Report of the King Institute of Preventive Medicine, Guindy
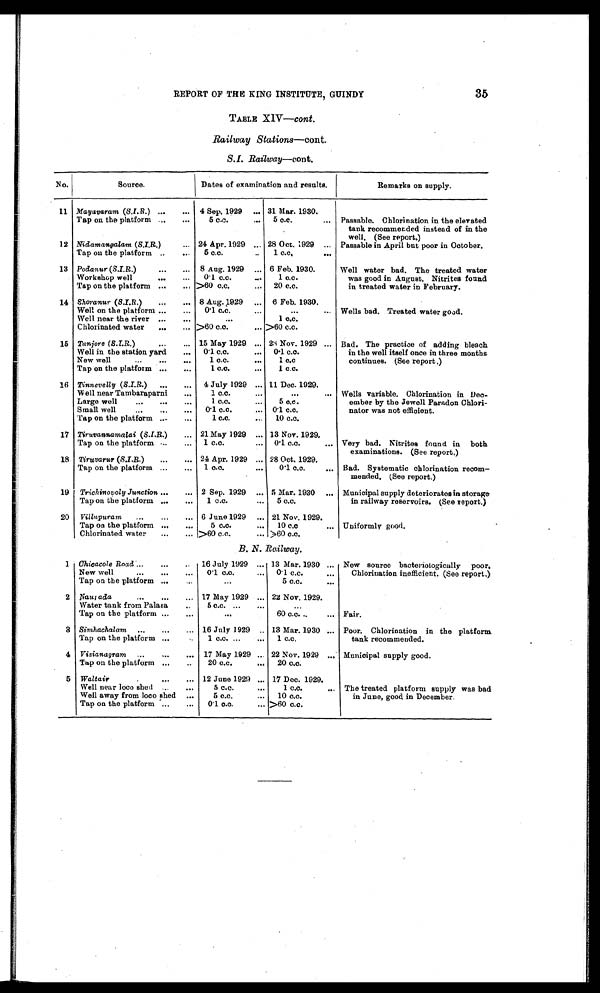
REPORT OF THE KING INSTITUTE, GUINDY
35
TABLE XIV—cont .
Railway Stations—cont.
S . I .
R a i l w a y — c o n t .
No.
Source.
Dates of examination and results.
Remarks on supply.
11 Mayavaram (S.I.R.) ...
... 4 Sep. 1929
... 31 Mar. 1930.
Tap on the platform ...
...
5 c.c.
...
5 c.c.
... Passable. Chlorination in the elevated
tank recommended instead of in the
well. (See report.)
12 Nidamangalam (S.I.R.)
... 24 Apr. 1929 ... 28 Oct. 1929 ... Passable in April but poor in October.
Tap on the platform ..
...
5 c.c.
..
1 c.c.
. . .
13 Podanur (S.I.R.) ...
... 8 Aug. 1929 ... 6 Feb. 1930.
Well water bad. The treated water
Workshop well
...
...
0.1 c.c.
...
1 c.c.
was good in August. Nitrites found
Tap on the platform ...
... >60 c.c.
...
20 c.c.
in treated water in February.
14 Shoranur (S.I.R.) ...
... 8 Aug. 1929
... 6 Feb. 1930.
Well on the platform ...
...
0.1 c.c.
...
...
... Wells bad. Treated water good.
Well near the river ...
...
. . .
1 c.c.
Chlorinated water
...
... >60 c.c.
... >60 c.c.
15 Tanjore (S.I.R.)
...
... 15 May 1929 ... 28 Nov. 1929 ... Bad. The practice of adding bleach
Well in the station yard
...
0.1 c.c.
. . . 0.1 c.c.
in the well itself once in three months
New well
1 c.c.
...
1 c . c .
continues. (See report .)
Tap on the platform ...
...
1 c.c.
...
1 c.c.
16 Tinnevelly (S.I.R.)
...
...
4 July 1929 ... 11 Dec. 1929.
Well near Tambaraparni
...
1 c.c
...
. . . ... Wells variable. Chlorination in Dec-
Large well ...
...
...
1 c.c.
...
5 c.c.
ember by the Jewell Paradon Chlori-
Small well
...
...
...
0.1 c.c.
... 0.1 c.c.
nator was not efficient.
Tap on the platform ...
...
1 c.c.
...
10 c.c.
17 Tiruvannamalai (S.I.R.)
... 21 May 1929 ... 13 Nov. 1929.
Tap on the platform ...
...
1 c.c.
...
0.1 c.c.
... Very bad. Nitrites found in both
examinations. (See report.)
18 Tiruvarur (S.I.R.) ...
... 24 Apr. 1929 ... 28 Oct. 1929.
Tap on the platform ...
...
1 c.c.
...
0.1 c.c.
... Bad. Systematic chlorination recom-
mended. (See report.)
19 Trichinopoly Junction ...
... 2 Sep. 1929 ... 5 Mar. 1930 ... Municipal supply deteriorates in storage
Tap on the platform ...
...
1 c.c.
...
5 c.c.
in railway reservoirs. (See report.)
20 Villupuram
...
...
... 6 June 1929
... 21 Nov. 1929.
Tap on the platform ...
...
5 c.c.
...
1 0 c . c
... Uniformly good.
Chlorinated water
...
... >60 c.c.
... >60 c.c.
B. N. Railway.
1 Chicacole Road ...
...
..
16 July 1929 ... 13 Mar. 1930 ... New source bacteriologically poor.
New well
...
...
...
0.1 c.c.
...
0.1 c.c.
...
Chlorination inefficient. (See report.)
Tap on the platform ...
..
...
5 c.c.
. . .
2 Naurada
...
...
... 17 May 1929 ... 22 Nov. 1929.
Water tank from Palasa
..
Tap on the platform ...
...
5 c.c. ...
...
. . .
...
60 c.c. ..
... Fair.
3 Simhachalam ...
...
... 16 July 1929 .. 13 Mar. 1930 ... Poor. Chlorination in the platform
Tap on the platform ...
1 c.c. ...
...
1 c.c.
tank recommended.
4 Vizianagram ...
...
... 17 May 1929 .. 22 Nov. 1929 ... Municipal supply good.
Tap on the platform ...
..
20 c.c.
...
20 c.c.
5 Waltair
...
... 12 June 1929 ... 17 Dec. 1929.
Well near loco shed ...
...
5 c.c.
...
1 c.c.
... The treated platform supply was bad
Well away from loco shed ...
5 c.c.
...
10 c.c.
in June, good in December.
Tap on the platform ...
...
0.1 c.c.
... >60 c.c.